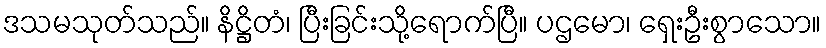
ဒသမသုတ်သည်။ နိဋ္ဌိတံ၊ ပြီးခြင်းသို့ရောက်ပြီ။ ပဌမော၊ ရှေးဦးစွာသော။